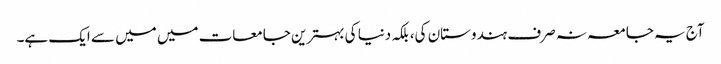
آج یہ جامعہ نہ صرف ہندوستان کی، بلکہ دنیا کی بہترین جامعات میں میں سے ایک ہے۔